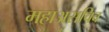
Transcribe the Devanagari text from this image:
महाअसचिव